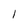
Character: 1